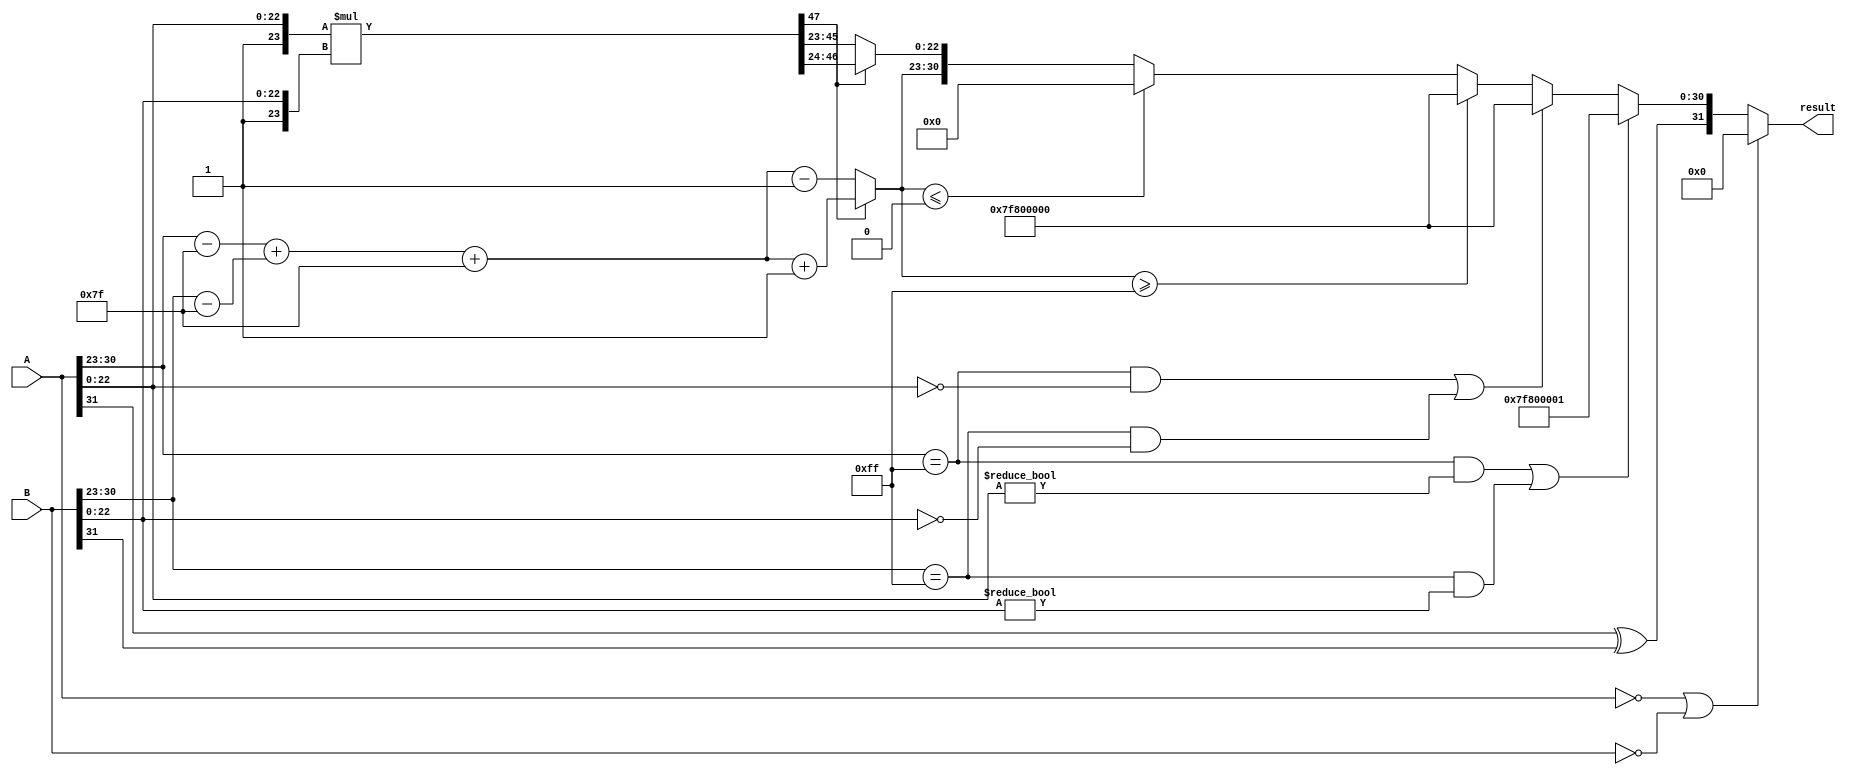
module fp_multiplier (
    input  wire [31:0] A, // First floating-point number
    input  wire [31:0] B, // Second floating-point number
    output reg  [31:0] result // Result of multiplication
);

    // Constants
    parameter EXPONENT_BIAS = 8'd127;
    parameter EXPONENT_MAX = 8'd255;

    // Internal signals
    wire sign_A, sign_B, sign_result;
    wire [7:0] exp_A, exp_B, exp_result;
    wire [22:0] frac_A, frac_B, frac_result;
    wire [47:0] frac_mult; // 23 + 23 for multiplication
    wire [7:0] exp_A_adj, exp_B_adj; // Adjusted exponents
    reg [7:0] exp_result_adj; // Adjusted result exponent
    reg [22:0] frac_result_norm; // Normalized fraction
    reg overflow, underflow, is_nan, is_inf;

    // Extract sign, exponent, and fraction
    assign sign_A = A[31];
    assign exp_A = A[30:23];
    assign frac_A = A[22:0];
    
    assign sign_B = B[31];
    assign exp_B = B[30:23];
    assign frac_B = B[22:0];

    // Handle special cases
    assign is_nan = (exp_A == EXPONENT_MAX && frac_A != 0) || (exp_B == EXPONENT_MAX && frac_B != 0);
    assign is_inf = (exp_A == EXPONENT_MAX && frac_A == 0) || (exp_B == EXPONENT_MAX && frac_B == 0);
    assign overflow = (exp_A == EXPONENT_MAX) || (exp_B == EXPONENT_MAX);
    assign underflow = (exp_A == 0 && frac_A != 0) || (exp_B == 0 && frac_B != 0);

    // Adjust exponents
    assign exp_A_adj = exp_A - EXPONENT_BIAS;
    assign exp_B_adj = exp_B - EXPONENT_BIAS;

    // Compute the sign of the result
    assign sign_result = sign_A ^ sign_B;

    // Handle zero inputs
    always @(*) begin
        if (A == 32'b0 || B == 32'b0) begin
            result = 32'b0; // If either input is zero, result is zero
        end else if (is_nan) begin
            result = {sign_result, 8'hFF, 23'b1}; // NaN output
        end else if (is_inf) begin
            result = {sign_result, 8'hFF, 23'b0}; // Infinity output
        end else begin
            // Fraction multiplication
            frac_mult = {1'b1, frac_A} * {1'b1, frac_B}; // Multiply (1.F_A) * (1.F_B)

            // Calculate the exponent of the result
            exp_result_adj = exp_A_adj + exp_B_adj + EXPONENT_BIAS;

            // Normalize the result
            if (frac_mult[47]) begin
                // Result is >= 2, need to shift right
                frac_result_norm = frac_mult[46:24]; // Keep the top 23 bits
                exp_result_adj = exp_result_adj + 1; // Increment exponent
            end else begin
                // Result is < 1, need to shift left
                frac_result_norm = frac_mult[45:23]; // Keep the top 23 bits
                exp_result_adj = exp_result_adj - 1; // Decrement exponent
            end

            // Check for overflow and underflow
            if (exp_result_adj >= EXPONENT_MAX) begin
                result = {sign_result, 8'hFF, 23'b0}; // Set to infinity
            end else if (exp_result_adj <= 0) begin
                result = {sign_result, 8'b0, 23'b0}; // Set to zero
            end else begin
                result = {sign_result, exp_result_adj[7:0], frac_result_norm}; // Assemble result
            end
        end
    end

endmodule